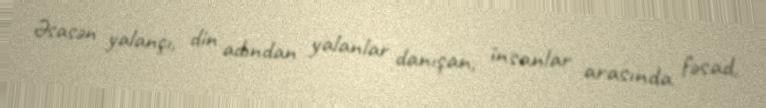
Əsasən yalançı, din adından yalanlar danışan, insanlar arasında fəsad,